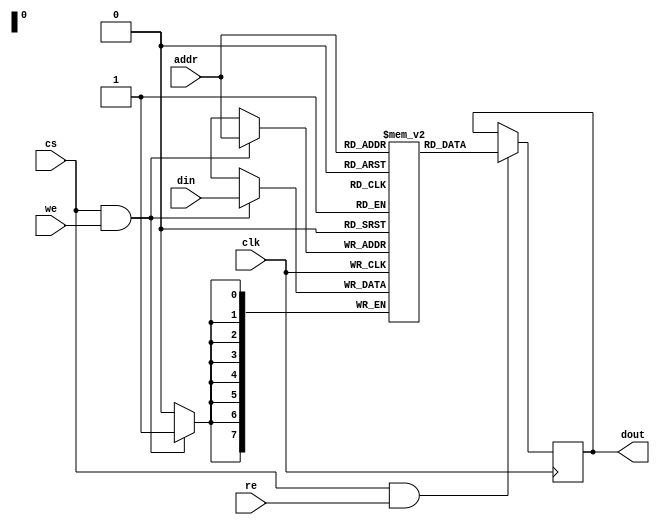
module sram #(
    parameter ADDR_WIDTH = 8, // Number of address bits
    parameter DATA_WIDTH = 8   // Number of data bits (word size)
) (
    input wire clk,               // Clock signal
    input wire cs,                // Chip Select
    input wire we,                // Write Enable
    input wire re,                // Read Enable
    input wire [ADDR_WIDTH-1:0] addr,  // Address input
    input wire [DATA_WIDTH-1:0] din,    // Data input
    output reg [DATA_WIDTH-1:0] dout   // Data output
);

    // Memory Array
    reg [DATA_WIDTH-1:0] memory [(2**ADDR_WIDTH)-1:0];

    // Write Operation
    always @(posedge clk) begin
        if (cs && we) begin
            memory[addr] <= din;  // Write data to memory at specified address
        end
    end

    // Read Operation
    always @(posedge clk) begin
        if (cs && re) begin
            dout <= memory[addr];  // Read data from memory at specified address
        end
    end

endmodule